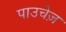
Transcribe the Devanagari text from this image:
पाउचेज़